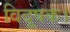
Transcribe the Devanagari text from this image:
विदूषक।